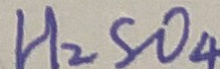
H _ { 2 } S O _ { 4 }